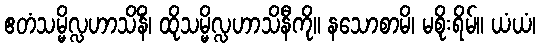
ဧတံသမ္မိလ္လဟာသိနိံ၊ ထိုသမ္မိလ္လဟာသိနီကို။ နသောစာမိ၊ မစိုးရိမ်။ ယံယံ၊